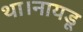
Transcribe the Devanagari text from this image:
था।नायडू